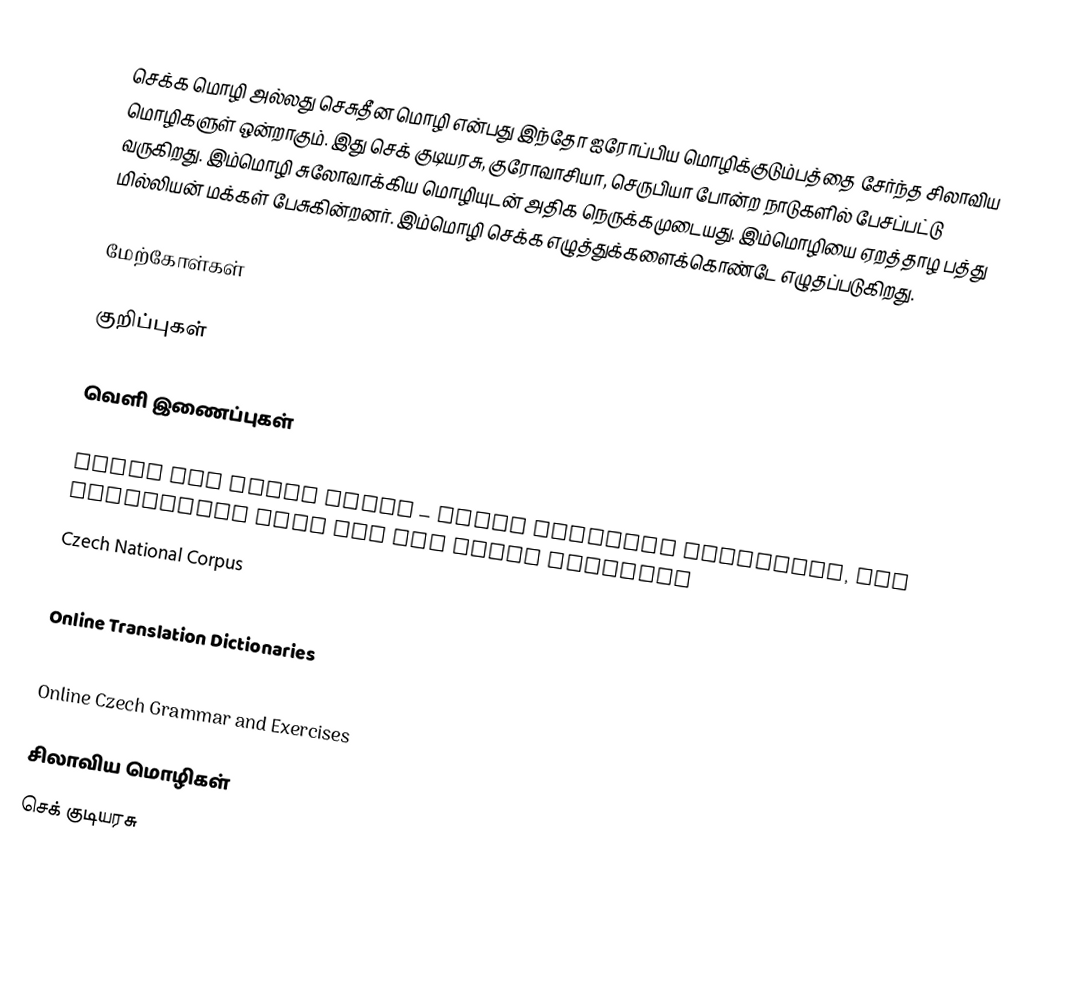
செக்க மொழி அல்லது செசுதீன மொழி என்பது இந்தோ ஐரோப்பிய மொழிக்குடும்பத்தை சேர்ந்த சிலாவிய மொழிகளுள் ஒன்றாகும். இது செக் குடியரசு, குரோவாசியா, செருபியா போன்ற நாடுகளில் பேசப்பட்டு வருகிறது. இம்மொழி சுலோவாக்கிய மொழியுடன் அதிக நெருக்கமுடையது. இம்மொழியை ஏறத்தாழ பத்து மில்லியன் மக்கள் பேசுகின்றனர். இம்மொழி செக்க எழுத்துக்களைக்கொண்டே எழுதப்படுகிறது.

மேற்கோள்கள்

குறிப்புகள்

வெளி இணைப்புகள்

 Ústav pro jazyk český – Czech Language Institute, the regulatory body for the Czech language
 Czech National Corpus
 Czech Monolingual Online Dictionary
 Online Translation Dictionaries
 Czech Swadesh list of basic vocabulary words (from Wiktionary's Swadesh-list appendix)
 Online Czech Grammar and Exercises

சிலாவிய மொழிகள்
செக் குடியரசு